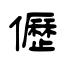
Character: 儮